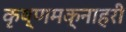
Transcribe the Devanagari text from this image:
कृष्णमक्नाहरी